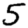
Digit: 5